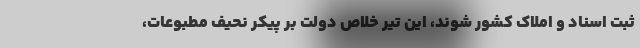
ثبت اسناد و املاک کشور شوند، این تیر خلاص دولت بر پیکر نحیف مطبوعات،